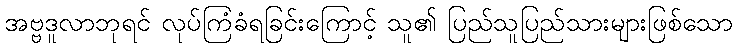
အဗ္ဗဒူလာဘုရင် လုပ်ကြံခံရခြင်းကြောင့် သူ၏ ပြည်သူပြည်သားများဖြစ်သော